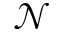
\mathcal { N }